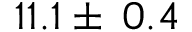
1 1 . 1 \pm \: 0 . 4